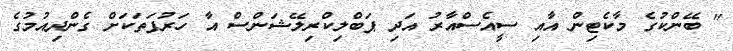
" ބޭންކުގެ މާކެޓިން އާއި ސީއެސްއާރު އަދި ޕަބްލިކްރިލޭޝަންސް އާ ހަރުފަތަކަށް ގެންދިއުމުގެ